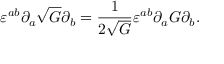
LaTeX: \varepsilon ^ { a b } \partial _ { a } \sqrt { G } \partial _ { b } = \frac { 1 } { 2 \sqrt { G } } \varepsilon ^ { a b } \partial _ { a } G \partial _ { b } .